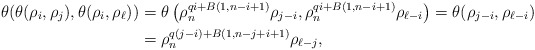
\begin{align*} \theta (\theta(\rho_{i}, \rho_{j}), \theta(\rho_{i}, \rho_{\ell}))&=\theta\left(\rho_n^{qi+B(1,n-i+1)} \rho_{{j-i}}, \rho_n^{qi+B(1,n-i+1)} \rho_{\ell-i}\right)=\theta(\rho_{{j-i}}, \rho_{{\ell-i}})\\&=\rho_n^{q(j-i)+B(1,n-j+i+1)} \rho_{\ell-j}, \end{align*}